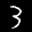
Digit: 3